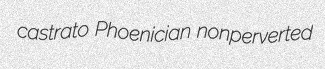
castrato Phoenician nonperverted